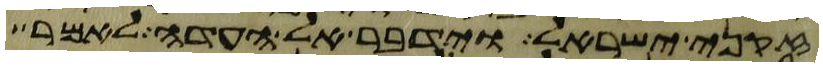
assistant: זקני ישראל וידבר אל העדה לאמר